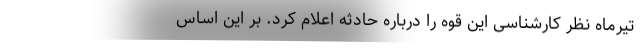
تیرماه نظر کارشناسی این قوه را درباره حادثه اعلام کرد. بر این اساس